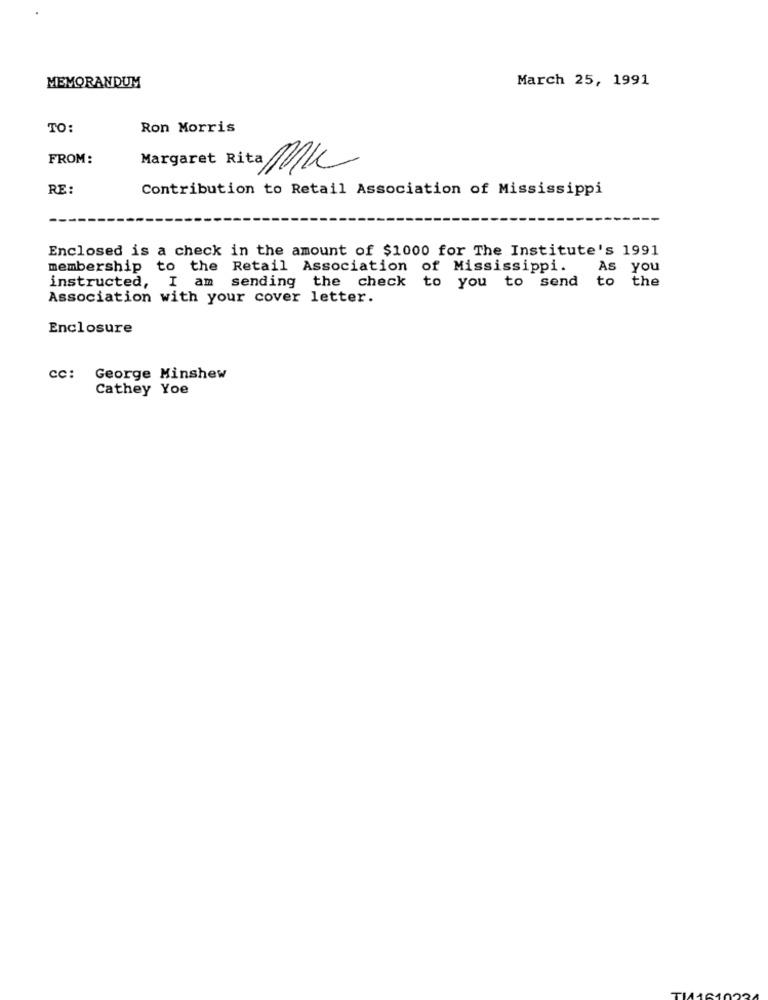
MEMORANDUM
March 25, 1991
TO:
Ron Morris
FROM:
Margaret Rita MK
RE:
Contribution to Retail Association of Mississippi
Enclosed is a check in the amount of $1000 for The Institute's 1991
membership to the Retail Association of Mississippi.
As you
instructed, I am sending the check to you to send
to the
Association with your cover letter.
Enclosure
cc: George Minshew
Cathey Yoe